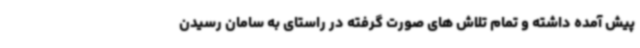
پیش آمده داشته و تمام تلاش های صورت گرفته در راستای به سامان رسیدن